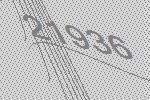
21936